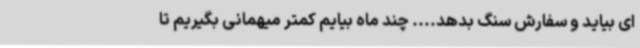
ای بیاید و سفارش سنگ بدهد.... چند ماه بیایم کمتر میهمانی بگیریم تا